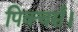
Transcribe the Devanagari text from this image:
पिक्चर्स।